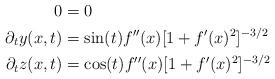
LaTeX: \begin{align*}0 &= 0\\\partial_{t}y(x,t) &= \sin(t)f''(x)[1+f'(x)^{2}]^{-3/2}\\\partial_{t}z(x,t) &= \cos(t)f''(x)[1+f'(x)^{2}]^{-3/2}\end{align*}